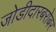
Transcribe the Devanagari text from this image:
जोडीदारबरोबर